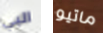
البي ماتيو